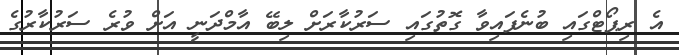
އެ ރިޕޯޓްގައި ބުނެފައިވާ ގޮތުގައި ސަރުކާރަށް ލިބޭ އާމްދަނީ އަށް ވުރެ ސަރުކާރުގެ